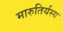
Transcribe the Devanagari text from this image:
मारुतिर्यस्य